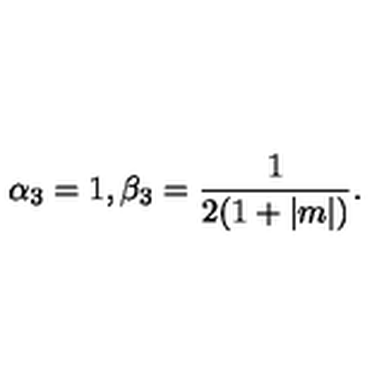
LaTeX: \alpha _ { 3 } = 1 , \beta _ { 3 } = { \frac { 1 } { 2 ( 1 + | m | ) } } .